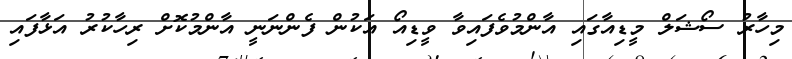
މިހާރު ސޯޝަލް މީޑިއާގައި އާންމުވެފައިވާ ވީޑިއޯ އަކުން ފެންނަނީ އާންމުކޮށް ރިހާކުރު އަޅާފައި